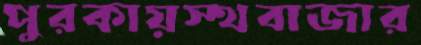
পুরকায়স্থবাজার